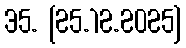
35. [25.12.2025]